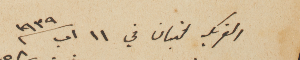
الفريكه لبنان في ١١ اب سنة ١٩٣٩